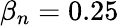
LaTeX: \beta_{n}=0.25